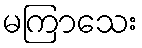
မကြာသေး